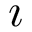
\imath